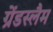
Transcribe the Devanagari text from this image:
ग्रेंडस्लैम